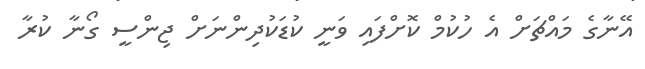
އޭނާގެ މައްޗަށް އެ ހުކުމް ކޮށްފައި ވަނީ ކުޑަކުދިންނަށް ޖިންސީ ގޯނާ ކުރާ